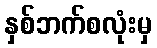
နှစ်ဘက်စလုံးမှ